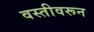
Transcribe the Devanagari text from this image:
वस्तीवरून